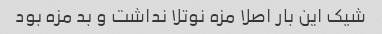
شیک این بار اصلا مزه نوتلا نداشت و بد مزه بود